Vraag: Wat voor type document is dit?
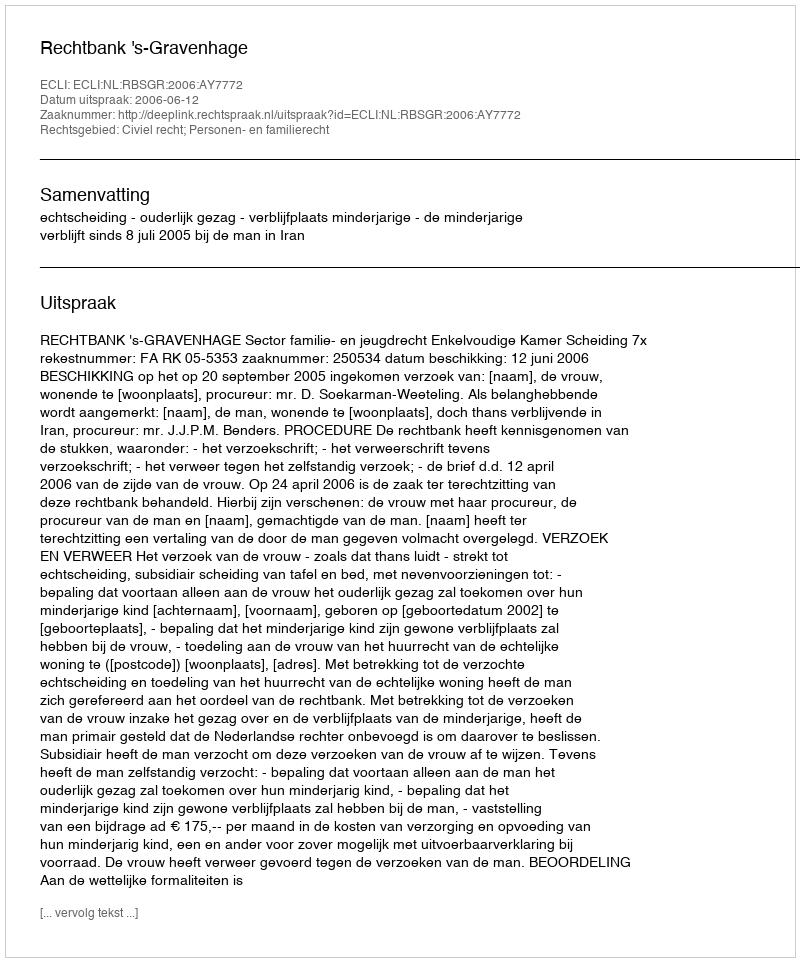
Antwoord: Uitspraak